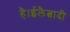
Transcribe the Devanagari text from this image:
है।ईलैत्वादी